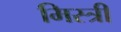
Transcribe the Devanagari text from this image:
मिस्‍त्री